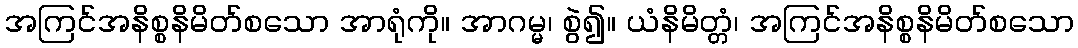
အကြင်အနိစ္စနိမိတ်စသော အာရုံကို။ အာဂမ္မ၊ စွဲ၍။ ယံနိမိတ္တံ၊ အကြင်အနိစ္စနိမိတ်စသော